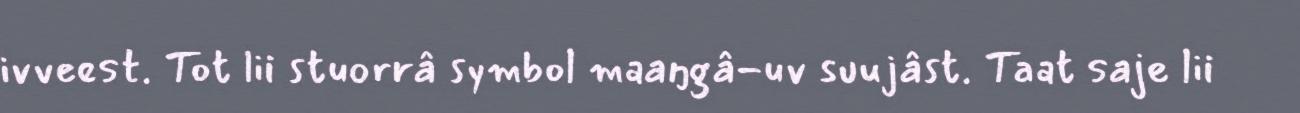
ivveest. Tot lii stuorrâ symbol maaŋgâ-uv suujâst. Taat saje lii